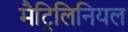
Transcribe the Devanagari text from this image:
मैट्रिलिनियल